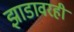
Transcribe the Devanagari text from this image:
झाडावरही